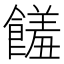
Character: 饈